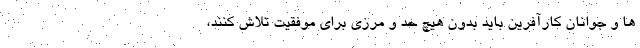
ها و جوانان کارآفرین باید بدون هیچ حد و مرزی برای موفقیت تلاش کنند،